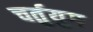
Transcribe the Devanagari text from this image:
चर्तुयुग